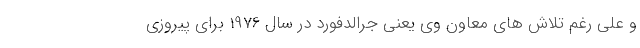
و علی رغم تلاش های معاون وی یعنی جرالدفورد در سال 1976 برای پیروزی